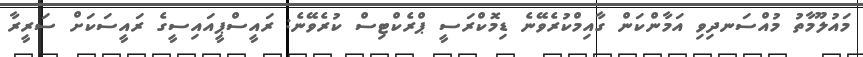
މައުލޫމާތު މުއްސަނދިވި އަމާންކަން ގާއިމްކުރެވޭނެ ޑިމޮކްރަސީ ޕްރެކްޓިސް ކުރެވޭނެ: ރައީސްޕީއައިސީގެ ރައީސަކަށް ސަރީރާ